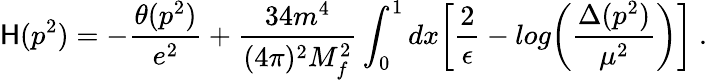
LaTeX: \mathsf{H}(p^{2})=-\frac{{\theta(p^{2})}}{{e^{2}}}+\frac{{34m^{4}}}{{(4\pi)^{2}M_{f}^{2}}}\int_{0}^{1}dx\biggl[\frac{{2}}{{\epsilon}}-log\biggl(\frac{{\Delta(p^{2})}}{{\mu^{2}}}\biggr)\biggr]\ .